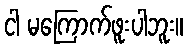
ငါ မကြောက်ဖူးပါဘူး။